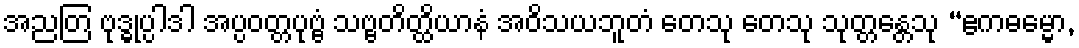
အညတြ ဗုဒ္ဓုပ္ပါဒါ အပ္ပဝတ္တပုဗ္ဗံ သဗ္ဗတိတ္ထိယာနံ အဝိသယဘူတံ တေသု တေသု သုတ္တန္တေသု “ဧကဓမ္မော,